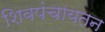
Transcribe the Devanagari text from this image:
शिवपंचायतन